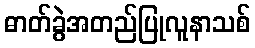
ဓာတ်ခွဲအတည်ပြုလူနာသစ်